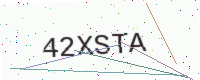
Text: 42XSTA